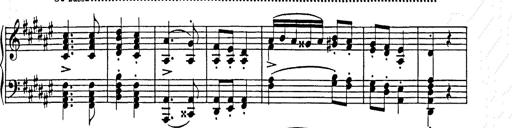
Title: Hungarian Rhapsody No.9
Composer: Franz Liszt
Key: E-flat major